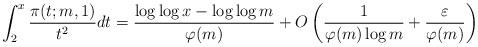
LaTeX: \begin{align*}\int_{2}^{x}\frac{\pi(t;m,1)}{t^2}dt=\frac{\log\log x-\log\log m}{\varphi(m)}+O\left(\frac{1}{\varphi(m)\log m}+\frac{\varepsilon}{\varphi(m)}\right)\end{align*}